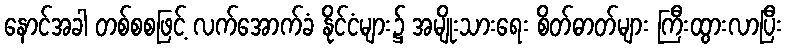
နောင်အခါ တစ်စစဖြင့် လက်အောက်ခံ နိုင်ငံများ၌ အမျိုးသားရေး စိတ်ဓာတ်များ ကြီးထွားလာပြီး